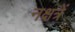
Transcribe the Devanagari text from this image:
नक्षत्रें